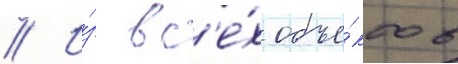
// И́з вс'е́х объе́ктов